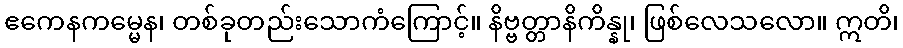
ဧကေနကမ္မေန၊ တစ်ခုတည်းသောကံကြောင့်။ နိဗ္ဗတ္တာနိကိန္နု၊ ဖြစ်လေသလော။ ဣတိ၊